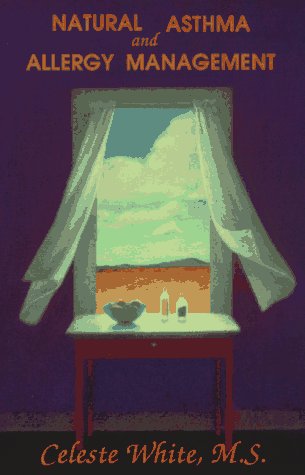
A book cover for Natural Asthma & Allergy Management; Celeste White; Health, Fitness & Dieting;